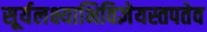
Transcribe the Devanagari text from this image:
सूर्यलक्ष्याभिविज्ञेयस्तपतेव